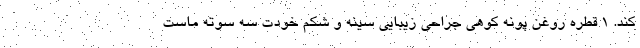
کند. 1 قطره روغن پونه کوهی جراحی زیبایی سینه و شکم خودت سه سوته ماست